Plague in India, 1896, 1897 - Volume 2
Year: 1896
Disease focus: Plague
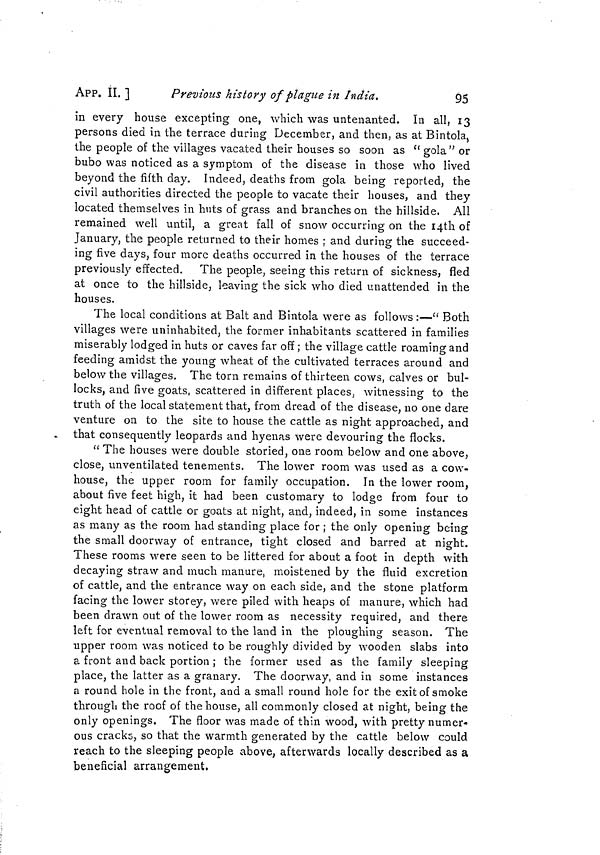
APP. II. ]
Previous history of plague in India.
95
in every house excepting one, which was untenanted. In all, 13
persons died in the terrace during December, and then, as at Bintola,
the people of the villages vacated their houses so soon as " gola" or
bubo was noticed as a symptom of the disease in those who lived
beyond the fifth day. Indeed, deaths from gola being reported, the
civil authorities directed the people to vacate their houses, and they
located themselves in huts of grass and branches on the hillside. All
remained well until, a great fall of snow occurring on the 14th of
January, the people returned to their homes ; and during the succeed-
ing five days, four more deaths occurred in the houses of the terrace
previously effected. The people, seeing this return of sickness, fled
at once to the hillside, leaving the sick who died unattended in the
houses.
The local conditions at Balt and Bintola were as follows :—" Both
villages were uninhabited, the former inhabitants scattered in families
miserably lodged in huts or caves far off ; the village cattle roaming and
feeding amidst the young wheat of the cultivated terraces around and
below the villages. The torn remains of thirteen cows, calves or bul-
locks, and five goats, scattered in different places, witnessing to the
truth of the local statement that, from dread of the disease, no one dare
venture on to the site to house the cattle as night approached, and
that consequently leopards and hyenas were devouring the flocks.
"The houses were double storied, one room below and one above,
close, unventilated tenements. The lower room was used as a cow-
house, the upper room for family occupation. In the lower room,
about five feet high, it had been customary to lodge from four to
eight head of cattle or goats at night, and, indeed, in some instances
as many as the room had standing place for ; the only opening being
the small doorway of entrance, tight closed and barred at night.
These rooms were seen to be littered for about a foot in depth with
decaying straw and much manure, moistened by the fluid excretion
of cattle, and the entrance way on each side, and the stone platform
facing the lower storey, were piled with heaps of manure, which had
been drawn out of the lower room as necessity required, and there
left for eventual removal to the land in the ploughing season. The
upper room was noticed to be roughly divided by wooden slabs into
a front and back portion ; the former used as the family sleeping
place, the latter as a granary. The doorway, and in some instances
a round hole in the front, and a small round hole for the exit of smoke
through the roof of the house, all commonly closed at night, being the
only openings. The floor was made of thin wood, with pretty numer-
ous cracks, so that the warmth generated by the cattle below could
reach to the sleeping people above, afterwards locally described as a
beneficial arrangement,